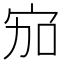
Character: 𱚅